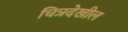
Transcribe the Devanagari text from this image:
चित्रदेखील